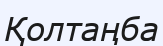
Қолтаңба